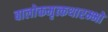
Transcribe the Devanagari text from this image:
बालोक्तमृत्कथारम्भो